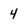
Character: 4